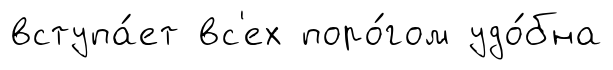
вступа́ет вс'ех поро́гом удо́бна